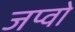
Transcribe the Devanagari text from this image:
जप्वो